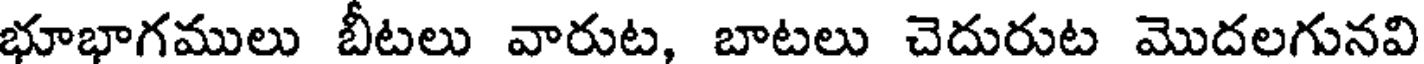
భూభాగములు బీటలు వారుట, బాటలు చెదురుట మొదలగునవి